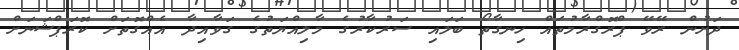
ދަށުން ރޭވޭ ޕްރޮގްރާމުތައް ހިނގާތޯ ބަލައި ސަރުކާރުގެ މާލިއްޔަތުގެ ގަވާއިދާ އެއްގޮތަށް ކޮރަޕްޝަނަށް